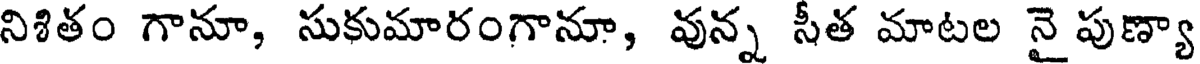
నిశితం గానూ, సుకుమారంగానూ, వున్న సీత మాటల నైపుణ్యా